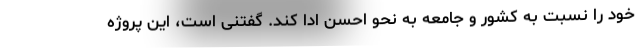
خود را نسبت به کشور و جامعه به نحو احسن ادا کند. گفتنی است، این پروژه